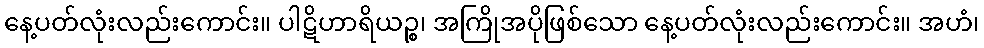
နေ့ပတ်လုံးလည်းကောင်း။ ပါဋိဟာရိယဉ္စ၊ အကြိုအပိုဖြစ်သော နေ့ပတ်လုံးလည်းကောင်း။ အဟံ၊